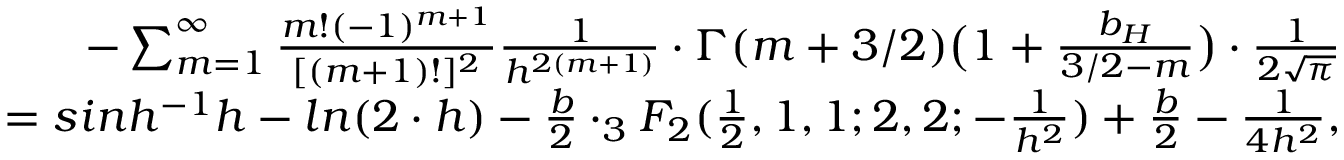
\begin{array} { r l r } & { } & { - \sum _ { m = 1 } ^ { \infty } { \frac { m ! ( - 1 ) ^ { m + 1 } } { [ ( m + 1 ) ! ] ^ { 2 } } } { \frac { 1 } { h ^ { 2 ( m + 1 ) } } } \cdot \Gamma ( m + 3 / 2 ) \big ( 1 + { \frac { b _ { H } } { 3 / 2 - m } } \big ) \cdot { \frac { 1 } { 2 \sqrt { \pi } } } } \\ & { } & { = s i n h ^ { - 1 } { h } - l n ( 2 \cdot h ) - { \frac { b } { 2 } } \cdot _ { 3 } F _ { 2 } ( { \frac { 1 } { 2 } } , 1 , 1 ; 2 , 2 ; - { \frac { 1 } { h ^ { 2 } } } ) + { \frac { b } { 2 } } - { \frac { 1 } { 4 h ^ { 2 } } } , } \end{array}